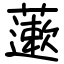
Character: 藗